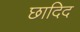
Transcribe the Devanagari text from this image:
छादिद